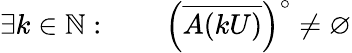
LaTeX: \exists k\in\mathbb{N}:\qquad\left({\overline{{A(kU)}}}\right)^{\circ}\neq\varnothing